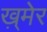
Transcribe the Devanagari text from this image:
ख़्मेर